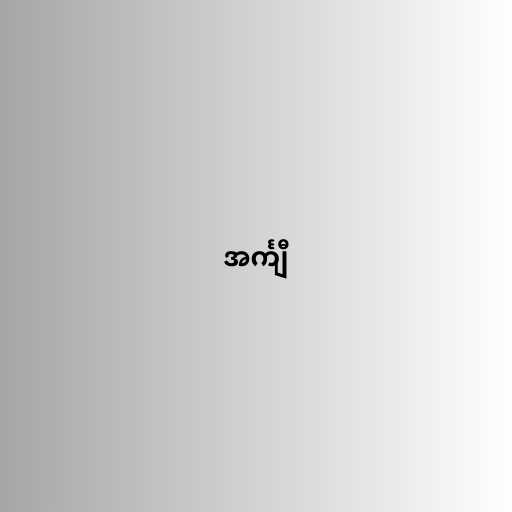
အင်္ကျီ